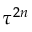
\tau ^ { 2 n }